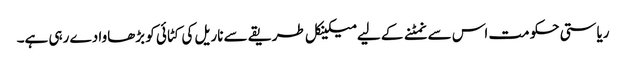
ریاستی حکومت اس سے نمٹنے کے لیے میکینکل طریقے سے ناریل کی کٹائی کو بڑھاوا دے رہی ہے۔